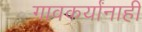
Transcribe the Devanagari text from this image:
गावकर्यांनाही